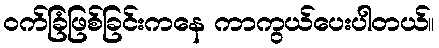
ဝက်ခြံဖြစ်ခြင်းကနေ ကာကွယ်ပေးပါတယ်။